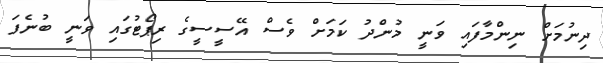
ދިނުމަށް ނިންމާފައި ވަނީ މުންދު ކަމަށް ވެސް އޭސީސީގެ ރިޕޯޓުގައި ވަނީ ބުނެފަ